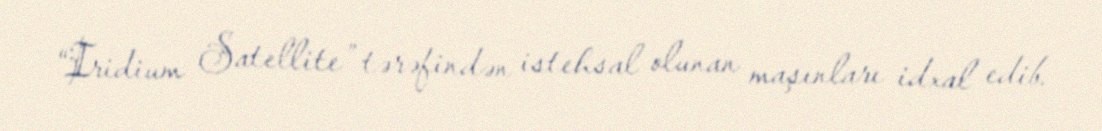
“Iridium Satellite” tərəfindən istehsal olunan maşınları idxal edib.